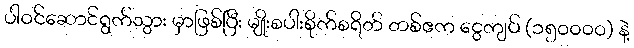
ပါဝင်ဆောင်ရွက်သွား မှာဖြစ်ပြီး မျိုးစပါးစိုက်စရိတ် တစ်ဧက ငွေကျပ် (၁၅၀၀၀၀) နဲ့